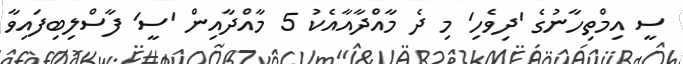
ސީ އިމްތިހާނުގެ 'ދިވެހި' މި ދެ މާއްދާއާއެކު 5 މާއްދާއިން 'ސީ' ފާސްލިބިފައިވާ